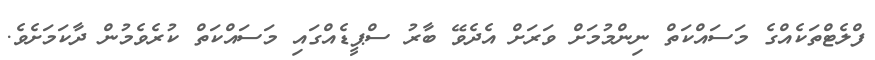
ފްލެޓްތަކެއްގެ މަސައްކަތް ނިންމުމަށް ވަރަށް އެދެވޭ ބާރު ސްޕީޑެއްގައި މަސައްކަތް ކުރެވެމުން ދާކަމަށެވެ.